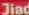
Jiad